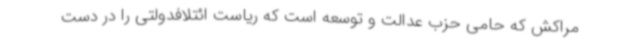
مراکش که حامی حزب عدالت و توسعه است که ریاست ائتلافدولتی را در دست